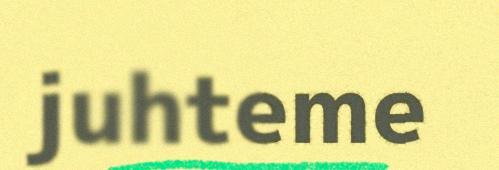
juhteme